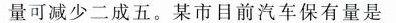
量可减少二成五。某市目前汽车保有量是